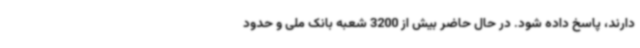
دارند، پاسخ داده شود. در حال حاضر بیش از 3200 شعبه بانک ملی و حدود